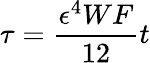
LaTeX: \tau=\frac{\epsilon^{4}WF}{12}t